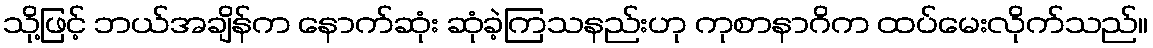
သို့ဖြင့် ဘယ်အချိန်က နောက်ဆုံး ဆုံခဲ့ကြသနည်းဟု ကုစာနာဂိက ထပ်မေးလိုက်သည်။